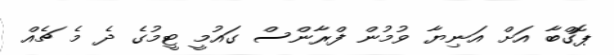
ޕޮގްބާ އަށް އަނިޔާ ވުމުން ފްރާންސް ގައުމީ ޓީމުގެ ދެ މެ ޗެއް